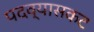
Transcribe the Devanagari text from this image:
पदव्यासकट